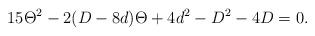
LaTeX: \begin{align*} 15 \Theta^2 - 2(D - 8d) \Theta + 4d^2 - D^2 - 4D = 0.\end{align*}